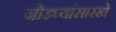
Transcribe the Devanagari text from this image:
जोडप्यांसारखे